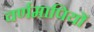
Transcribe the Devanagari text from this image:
वर्णमापियों